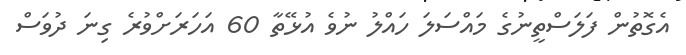
އެގޮތުން ފަލަސްތީނުގެ މައްސަލަ ހައްލު ނުވެ އުޅޭތާ 60 އަހަރަށްވުރެ ގިނަ ދުވަސް